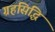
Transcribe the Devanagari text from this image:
ग्रहसिद्धि